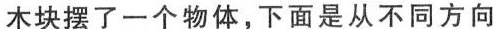
木块摆了一个物体，下面是从不同方向